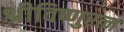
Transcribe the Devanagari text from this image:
श्रीविष्णुरत्न